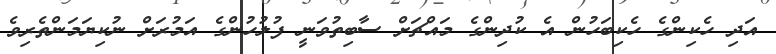
އަދި ހެކިންގެ ހެކިބަހުން އެ ކުދިންގެ މައްޗަށް ސާބިތުވަނީ ފުލުހުންގެ އަމުރަށް ނުކިޔަމަންތެރިވެ